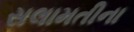
સલામતીના